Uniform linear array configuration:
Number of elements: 8
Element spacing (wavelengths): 1
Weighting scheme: exponential
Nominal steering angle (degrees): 0
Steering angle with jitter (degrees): -0.3953
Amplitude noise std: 0.05
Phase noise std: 0.05

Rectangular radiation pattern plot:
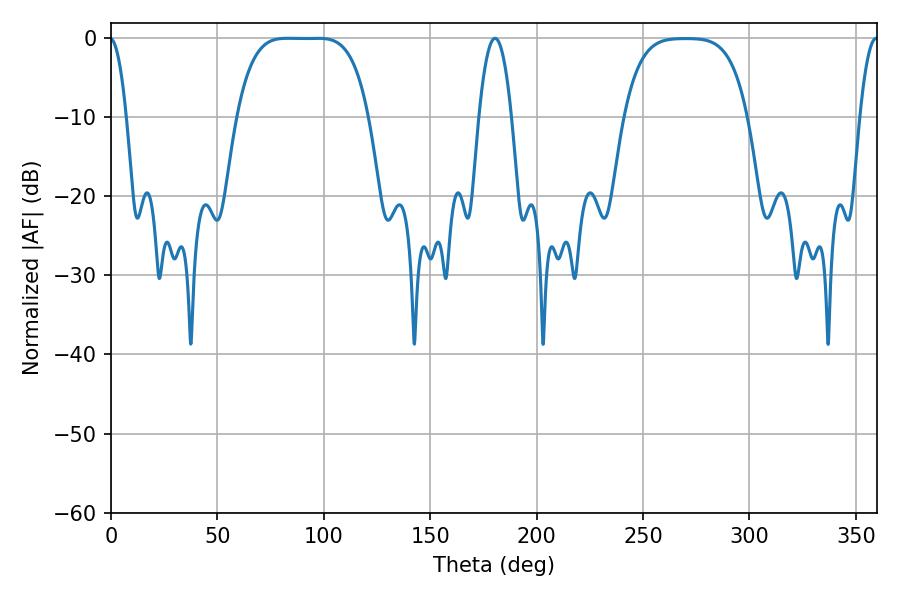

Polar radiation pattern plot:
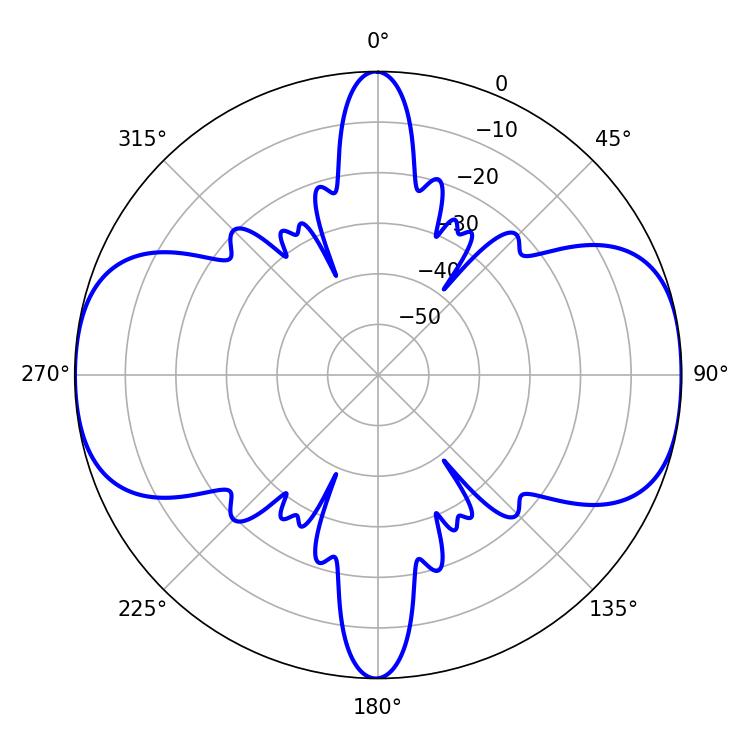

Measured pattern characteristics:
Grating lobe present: TRUE
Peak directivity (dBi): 13.68
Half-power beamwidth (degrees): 46.8
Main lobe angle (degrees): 82.8